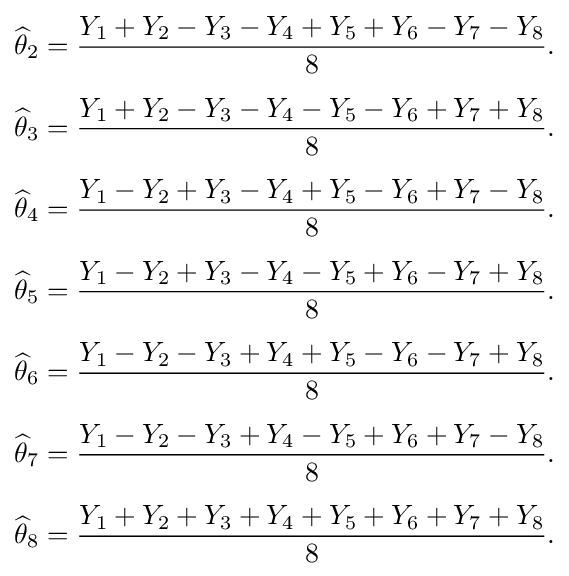
{\begin{aligned}{\widehat {\theta }}_{2}&={\frac {Y_{1}+Y_{2}-Y_{3}-Y_{4}+Y_{5}+Y_{6}-Y_{7}-Y_{8}}{8}}.\\[5pt]{\widehat {\theta }}_{3}&={\frac {Y_{1}+Y_{2}-Y_{3}-Y_{4}-Y_{5}-Y_{6}+Y_{7}+Y_{8}}{8}}.\\[5pt]{\widehat {\theta }}_{4}&={\frac {Y_{1}-Y_{2}+Y_{3}-Y_{4}+Y_{5}-Y_{6}+Y_{7}-Y_{8}}{8}}.\\[5pt]{\widehat {\theta }}_{5}&={\frac {Y_{1}-Y_{2}+Y_{3}-Y_{4}-Y_{5}+Y_{6}-Y_{7}+Y_{8}}{8}}.\\[5pt]{\widehat {\theta }}_{6}&={\frac {Y_{1}-Y_{2}-Y_{3}+Y_{4}+Y_{5}-Y_{6}-Y_{7}+Y_{8}}{8}}.\\[5pt]{\widehat {\theta }}_{7}&={\frac {Y_{1}-Y_{2}-Y_{3}+Y_{4}-Y_{5}+Y_{6}+Y_{7}-Y_{8}}{8}}.\\[5pt]{\widehat {\theta }}_{8}&={\frac {Y_{1}+Y_{2}+Y_{3}+Y_{4}+Y_{5}+Y_{6}+Y_{7}+Y_{8}}{8}}.\end{aligned}}